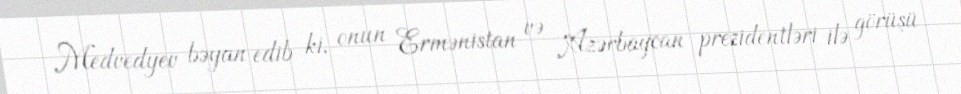
Medvedyev bəyan edib ki, onun Ermənistan və Azərbaycan prezidentləri ilə görüşü